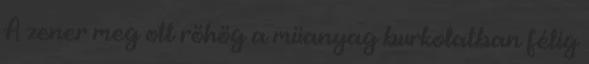
A zener meg ott röhög a müanyag burkolatban félig